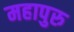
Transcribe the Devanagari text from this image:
महापुरु